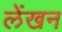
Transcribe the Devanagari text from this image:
लेंखन